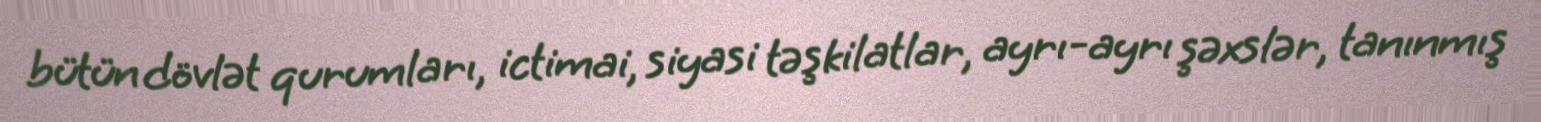
bütün dövlət qurumları, ictimai, siyasi təşkilatlar, ayrı-ayrı şəxslər, tanınmış